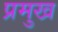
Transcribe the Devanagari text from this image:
प्रमुख्‍ा